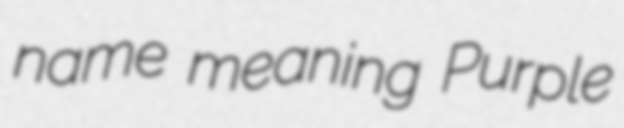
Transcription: name meaning Purple